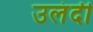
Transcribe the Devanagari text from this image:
उलंदी